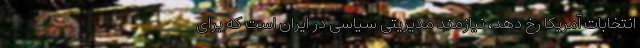
انتخابات آمریکا رخ دهد، نیازمند مدیریتی سیاسی در ایران است که برای